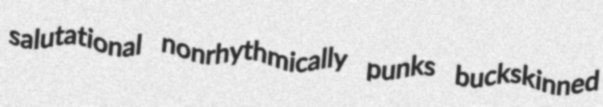
salutational nonrhythmically punks buckskinned